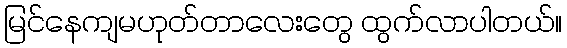
မြင်နေကျမဟုတ်တာလေးတွေ ထွက်လာပါတယ်။